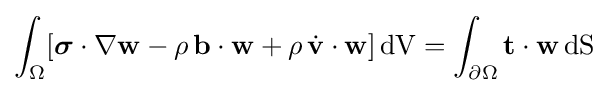
\int _{\Omega }[{\boldsymbol {\sigma }}\cdot \nabla {\mathbf {w} }-\rho \,\mathbf {b} \cdot \mathbf {w} +\rho \,{\dot {\mathbf {v} }}\cdot \mathbf {w} ]\,{\text{dV}}=\int _{\partial \Omega }\mathbf {t} \cdot \mathbf {w} \,{\text{dS}}